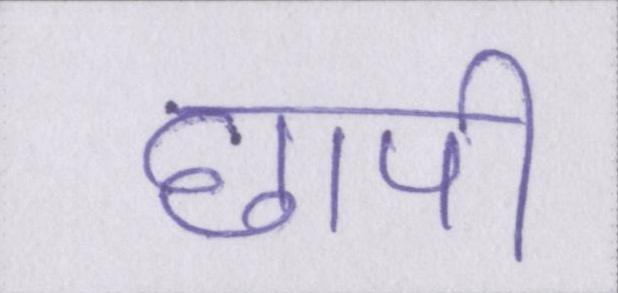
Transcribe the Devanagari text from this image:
छापी